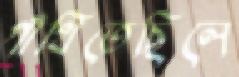
গাঁথিতেছিলে